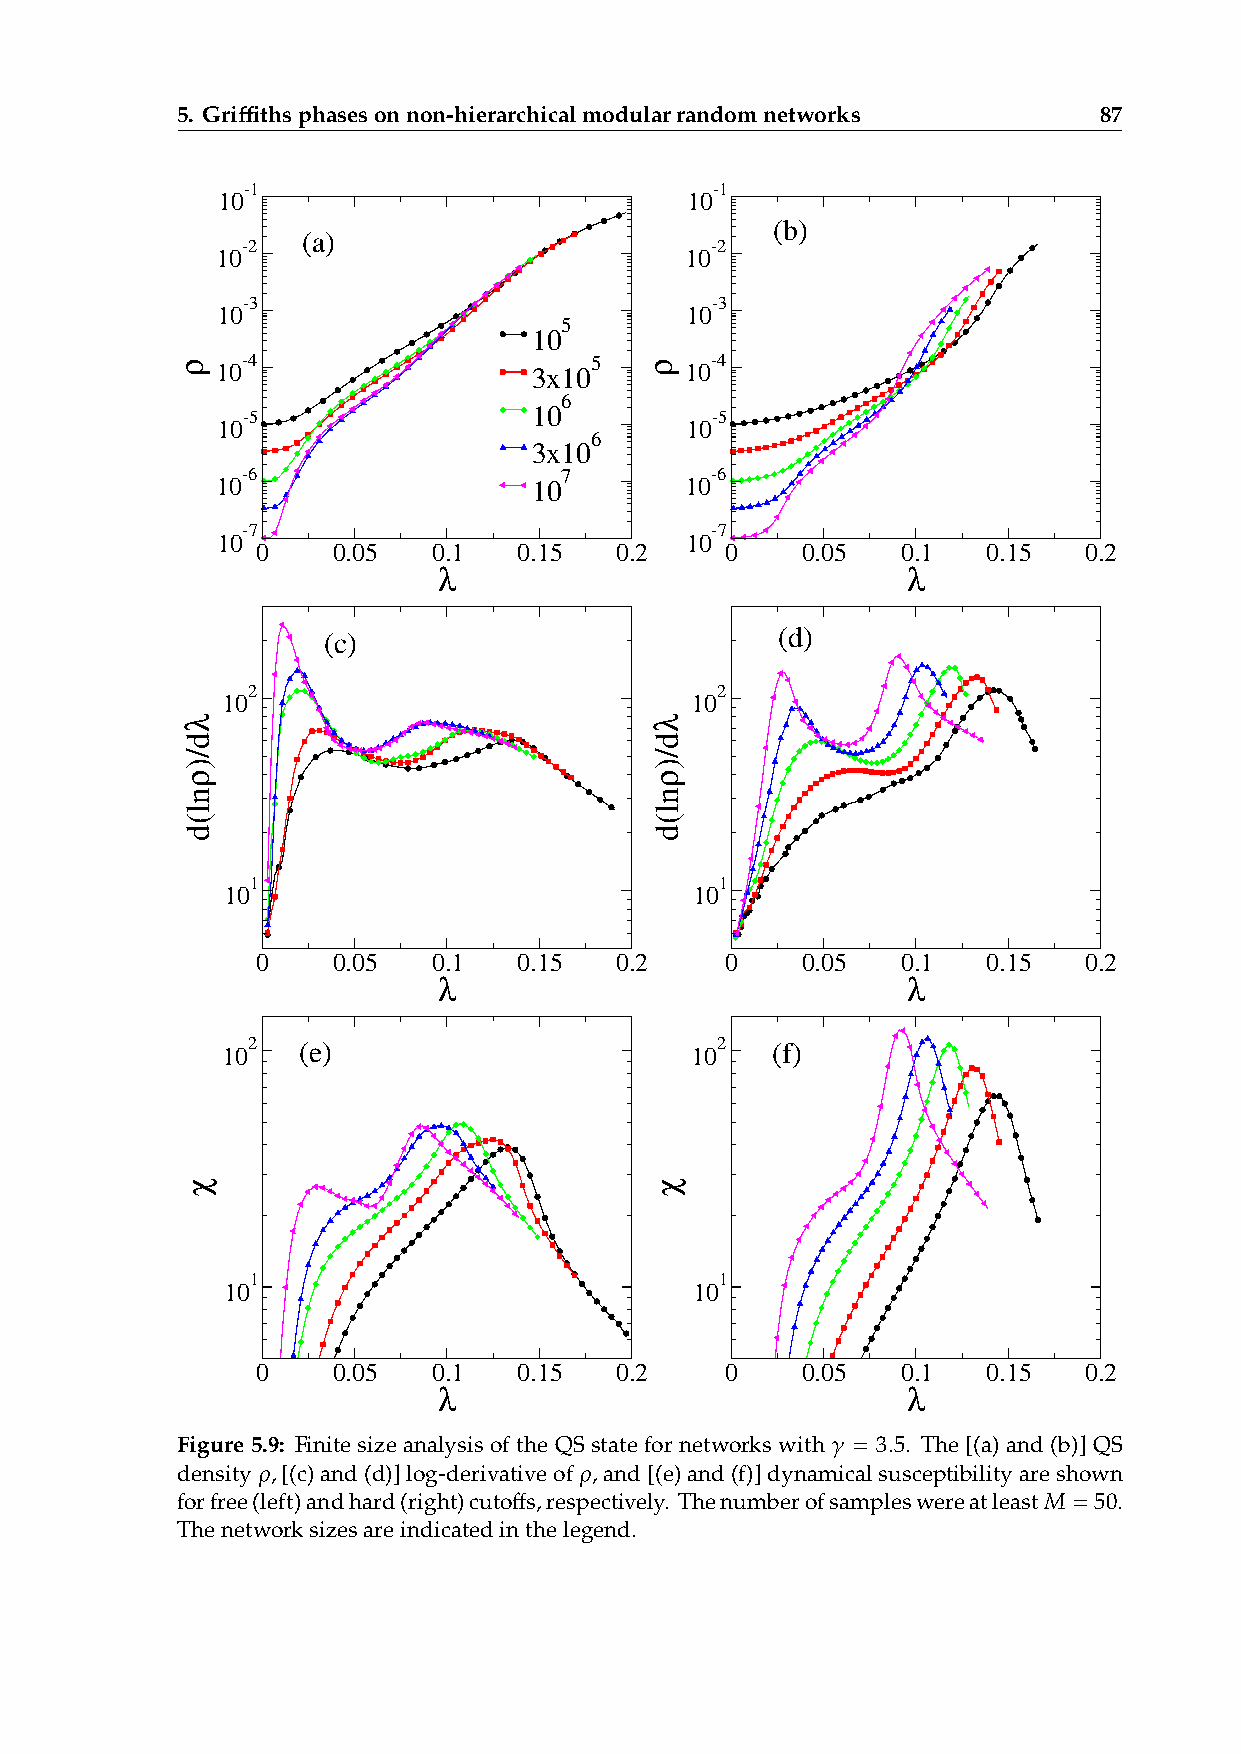
5. Griffithsphasesonnon-hierarchicalmodularrandomnetworks    87
 -1                             -1
 10                             10
 (b)
 (a)
 -2                             -2
 10                             10
 -3                             -3
 10                             10
 5
 10
 -4                     5       -4 10 3x10 10
 6
 10
 -5                             -5
 10                             10
 6
 3x10
 -6                   7         -6
 10                   10        10
 -7                             -7
 10                             10
 0    0.05   0.1  0.15   0.2    0    0.05   0.1  0.15   0.2
 λ                              λ
 (c)                           (d)
 2                              2
 10                             10
 1                              1
 10                             10
 0    0.05   0.1  0.15   0.2    0    0.05   0.1  0.15   0.2
 λ                              λ
 102  (e)                       102  (f)
 1                              1
 10                             10
 0    0.05   0.1  0.15   0.2    0    0.05   0.1  0.15   0.2
 λ                              λ
 Figure 5.9: Finite size analysis of the QS state for networks with 𝛾 = 3. 5. The [(a) and (b)] QS
 𝜌                    𝜌
 density ,[(c)and(d)]log-derivativeof ,and[(e)and(f)]dynamicalsusceptibilityareshown
 forfree(left)andhard(right)cutoffs,respectively. Thenumberofsampleswereatleast𝑀 = 50.
 Thenetworksizesareindicatedinthelegend.
 ρ
 λd/)ρnl(d
 χ
 ρ
 λd/)ρnl(d
 χ